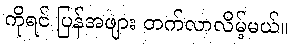
ကိုရင် ပြန်အဖျား တက်လာလိမ့်မယ်။